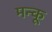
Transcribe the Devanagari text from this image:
मन्कू